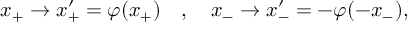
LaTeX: x _ { + } \to x _ { + } ^ { \prime } = \varphi ( x _ { + } ) \quad , \quad x _ { - } \to x _ { - } ^ { \prime } = - \varphi ( - x _ { - } ) ,